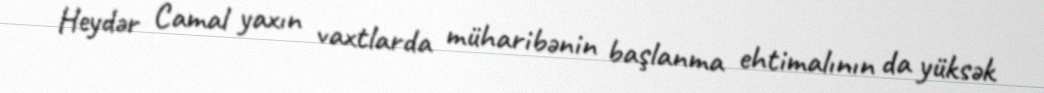
Heydər Camal yaxın vaxtlarda müharibənin başlanma ehtimalının da yüksək